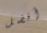
أفضل